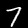
Digit: 7